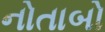
નોતાબો